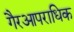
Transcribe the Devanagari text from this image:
गैरआपराधिक